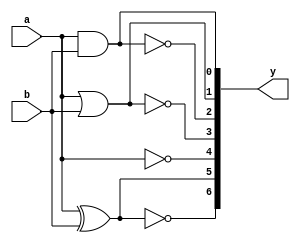
module allgates(y,a,b);
output [6:0]y;
input a,b;
assign y[0]=a&b;
assign y[1]=a|b;
assign y[2]=~(a&b);
assign y[3]=~(a|b);
assign y[4]=~a;
assign y[5]=a^b;
assign y[6]=~(a^b);
endmodule